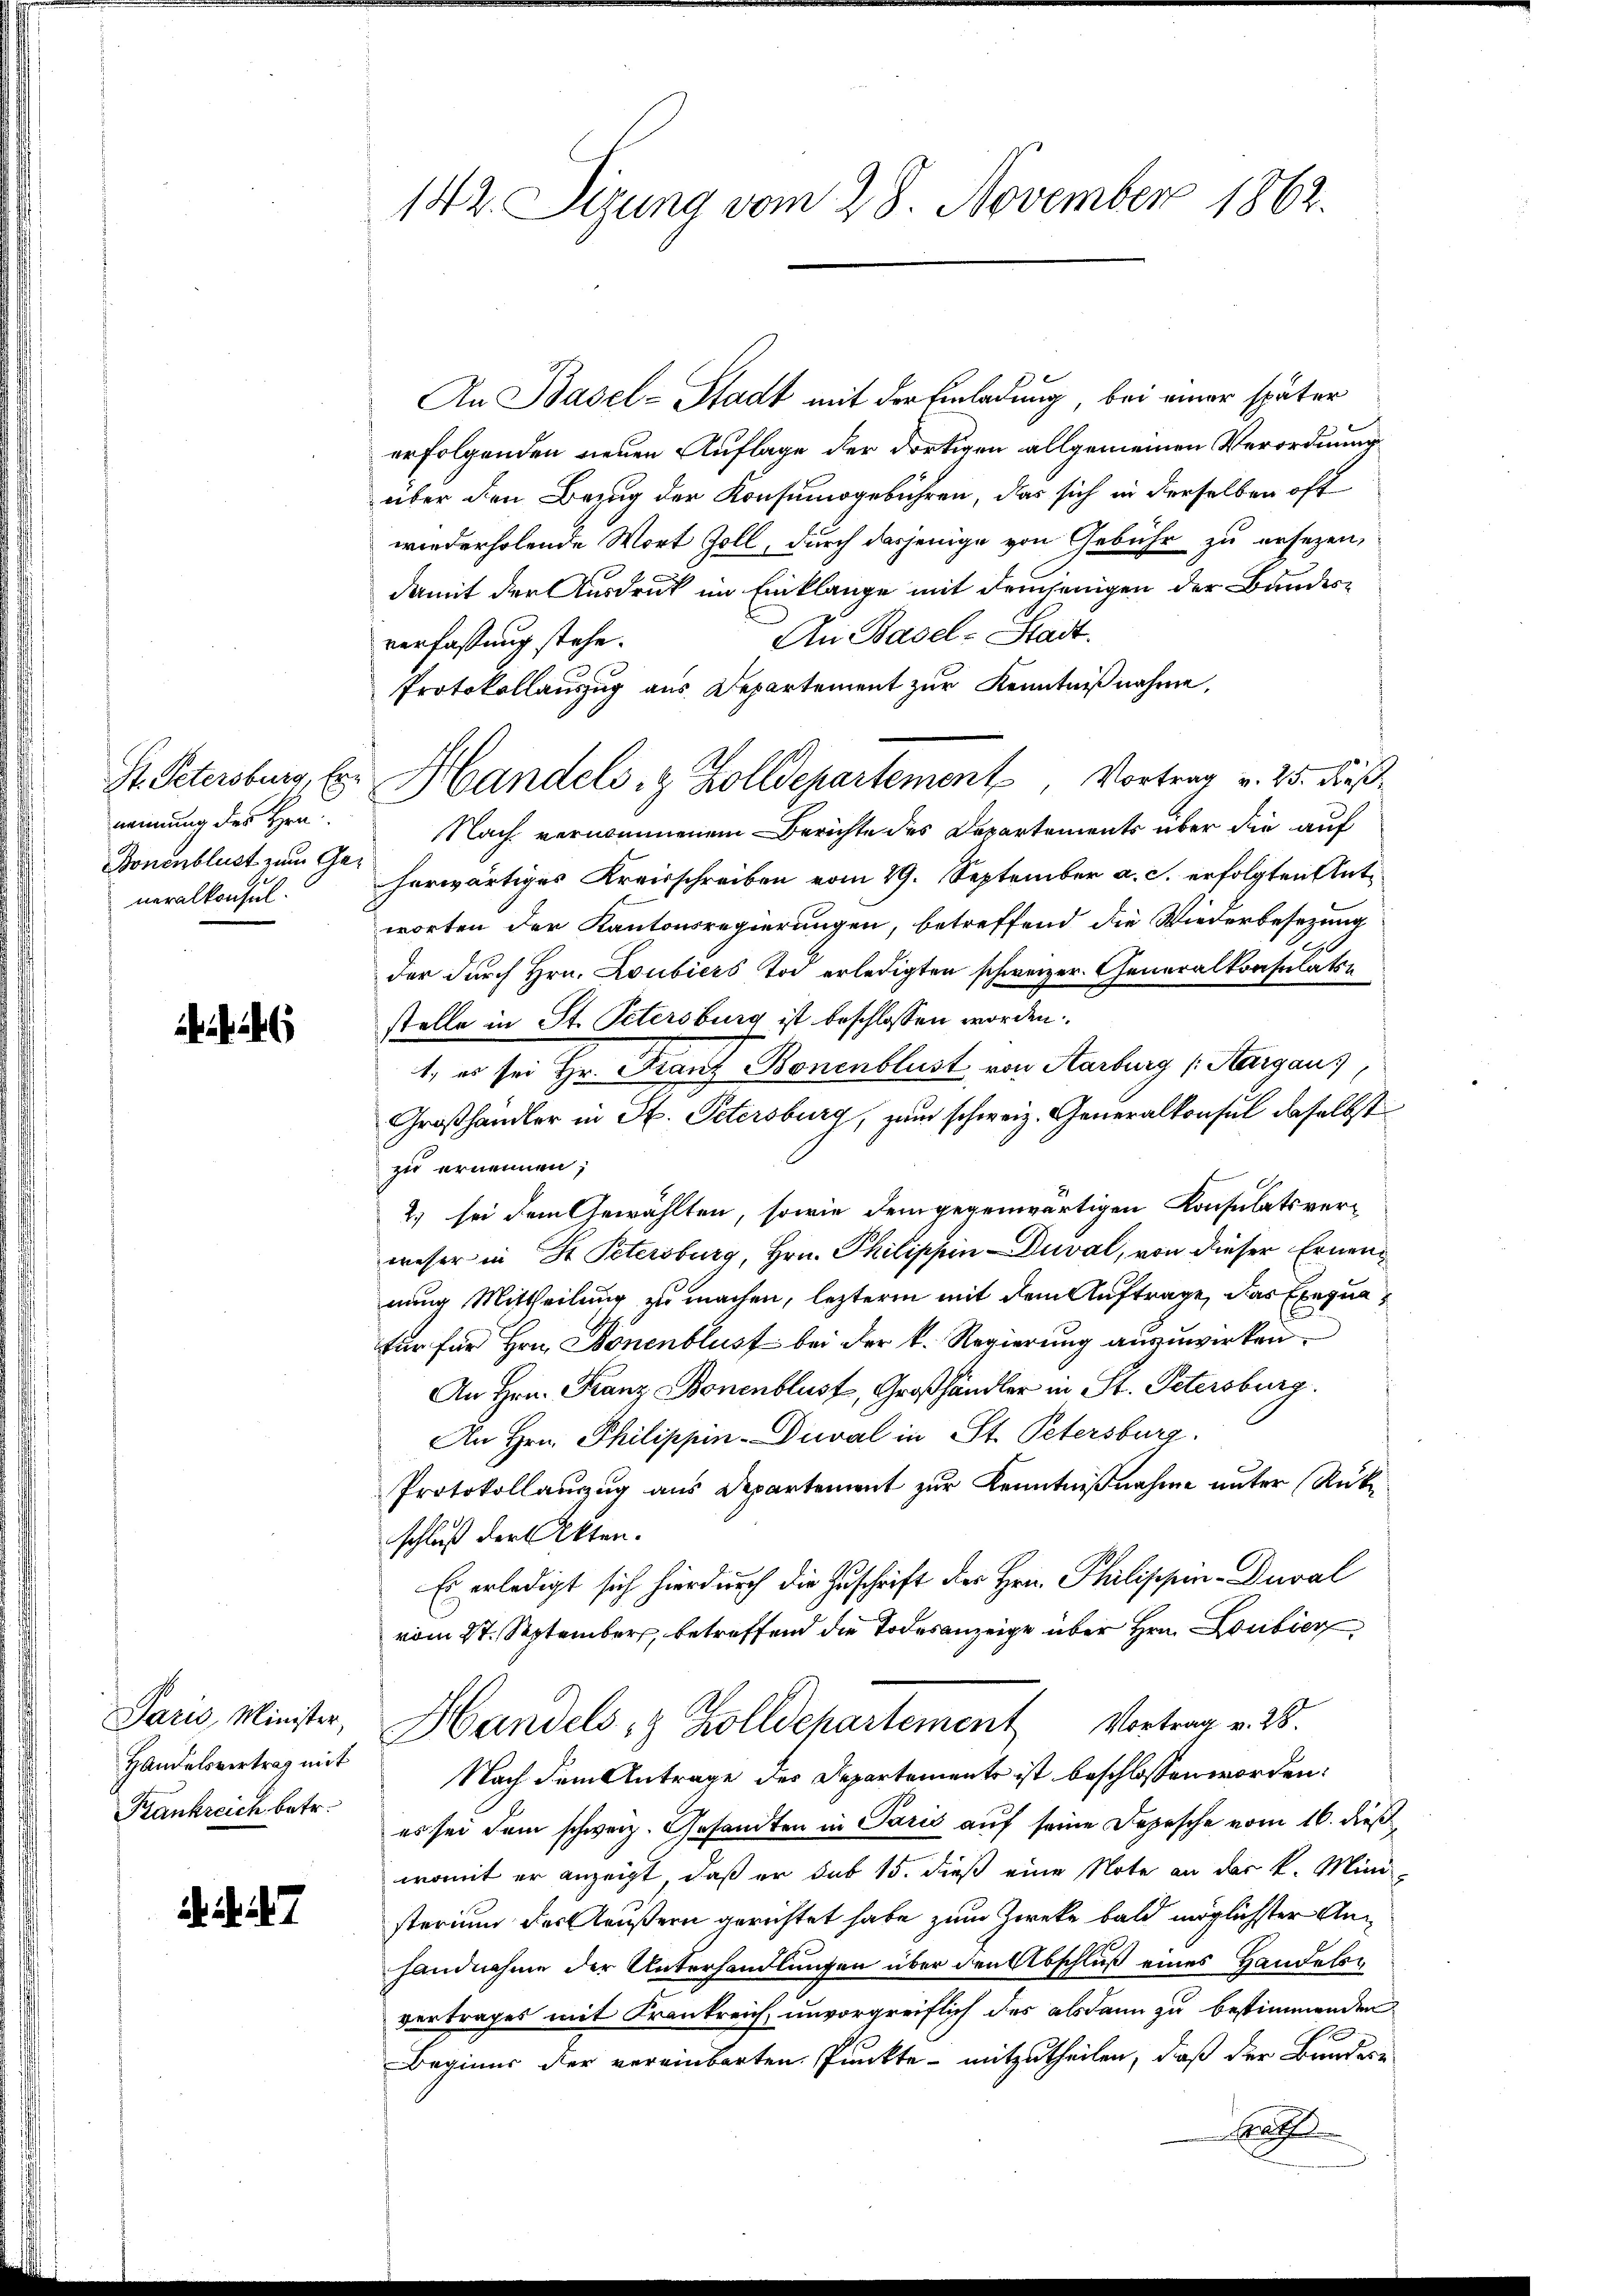
St. Petersburg, Er
nennung des Hrn.
Bonenblust zum Generalkonsul

Paris, Minister,
Handelsvertrag mit
Krankreich betr.

. . . 7

142. Sizung vom 28. November 1862.

An Basel-Stadt mit der Einladung, bei einer später
erfolgenden neuen Auflage der dortigen allgemeinen Verordnung
über den Bezug der Konsumogebühren, das sich in derselben oft
wiederholende Wort Zoll, durch dasjenige von Gebühr zu ersezen,
damit der Ausdruck im Einklange mit demjenigen der Bundes¬
An Basel-Stadt.
verfassung stehe.
Protokollauszug aus Departement zur Kenntnißnahme,
Nach vernommenem Berichte des Departements über die auf
herwärtiges Kreisschreiben vom 29. September a. c. erfolgten Antworten der Kantonsregierungen, betreffend die Wiederbesezung
der durch Hrn. Loubiers Tod erledigten schweizer- Generalkonsulats
stelle in St. Petersburg ist beschlossen worden.
1, er sei Hr. Franz Bonenblust von Aarburg (Aargaus,
Großhandler in St. Petersburg, zum schweiz. Generalkonsul daselbst
zu ernennen;
2) sei dem Gewählten, sowie dem gegenwärtigen Konsulatsver-
weser in St. Petersburg, Hrn. Philippin Duval, von dieser Ernennung Mittheilung zu machen, lezterm mit dem Auftrage, das Exequafür für Hrn. Bonenblust bei der k. Regierung anzuwirken.
An Hrn. Franz Bonenblust, Großhändler in St. Petersburg.
An Hrn. Philippin-Dival in St. Petersburg.
Protokollauszug aus Departement zur Kenntnißnahme unter Rücke
schluß der Akten.
Es erledigt sich hierdurch die Zuschrift des Hrn. Philischen-Dural
vom 27. September, betreffend die Todesanzeige über Hrn. Loutier
Handels- & Zolldepartement Vortrag v. 28.
Nach dem Antrage des Departements ist beschlossen worden.
es sei dem schweiz. Gesandten in Paris auf seine Depesche vom 16. dieß,
womit er anzeigt, daß er sub 15. dieß eine Note an der k. Mini-
sterium des Aeußern gerichtet habe zum Zwecke bald möglichster Anhandnahme der Unterhandlungen über den Abschluß eines Handelsvertrages mit Krankreich, unvorgreiflich des alsdann zu bestimmenden
Beginns der vereinbarten Punkte - mitzutheilen, daß der Bundere
Frat

Handels- & Zolldepartement Vortrag v. 25. Fuß¬